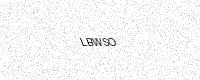
Text: LBWSO